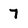
Character: 7